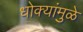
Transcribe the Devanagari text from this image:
धोक्यांमुळे